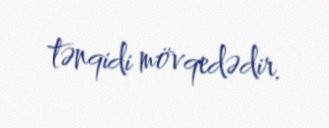
tənqidi mövqedədir.